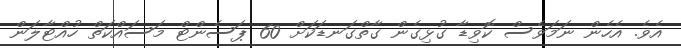
އެވެ. އެހެން ނަމަވެސް ކޮވިޑާ ގުޅިގެން ގާތްގަނޑަކަށް 60 ޕަސެންޓް މަސައްކަތް ހުއްޓާލަން